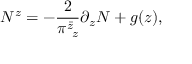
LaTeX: N ^ { z } = - \frac { 2 } { \pi _ { ~ z } ^ { \bar { z } } } \partial _ { z } N + g ( z ) ,